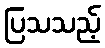
ပြသသည့်